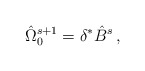
\begin{align*}{\hat\Omega}_0^{s+1}=\delta^*{\hat B}^s\,,\end{align*}